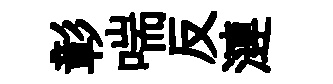
彰喘反漣